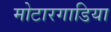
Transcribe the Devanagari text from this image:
मोटारगाडिया